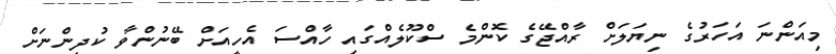
މިއަންނަ އަހަރުގެ ނިޔަލަށް ރާއްޖޭގެ ކޮންމެ ސްކޫލެއްގައި ހާއްސަ އެހީއަށް ބޭނުންވާ ކުދިންނަށް